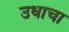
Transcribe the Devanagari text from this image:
उधाचा